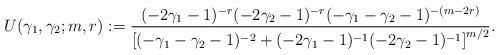
LaTeX: \begin{align*}U(\gamma_1,\gamma_2;m,r):=\frac{(-2\gamma_1-1)^{-r}(-2\gamma_2-1)^{-r} (-\gamma_1-\gamma_2-1)^{-(m-2r)}}{\left[(-\gamma_1-\gamma_2-1)^{-2}+ (-2\gamma_1-1)^{-1}(-2\gamma_2-1)^{-1}\right]^{m/2}}.\end{align*}